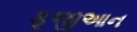
ફૂજીઆન